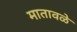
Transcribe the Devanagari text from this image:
मातावळे